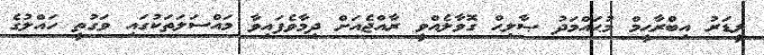
ލީޑަރު އިބްރާޙީމް މުޙައްމަދު ޞާލިޙް ގޮވާލެއްވީ ރާއްޖެއަށް ދިމާވެފައިވާ މައްސަލަތަކުގައި ވަގުތީ ހައްލުގެ